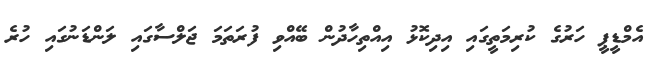
އެމްޑީޕީ ހަރުގެ ކުރިމަތީގައި އިދިކޮޅު އިއްތިހާދުން ބޭއްވި ފުރަތަމަ ޖަލްސާގައި ލަންޑަނުގައި ހުރެ